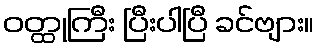
ဝတ္ထုကြီး ပြီးပါပြီ ခင်ဗျား။